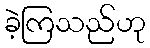
ခဲ့ကြသည်ဟု